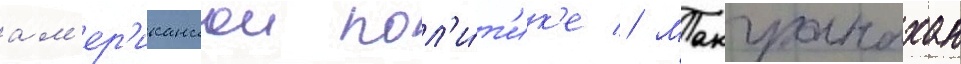
ам'ер'иканскои пол'и́т'ик'е // Макгранахан